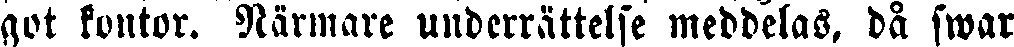
got kontor. Närmare underrättelse meddelas, då swar